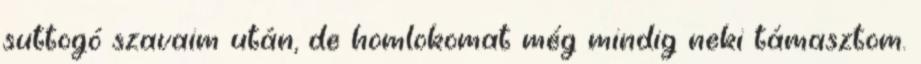
suttogó szavaim után, de homlokomat még mindig neki támasztom.